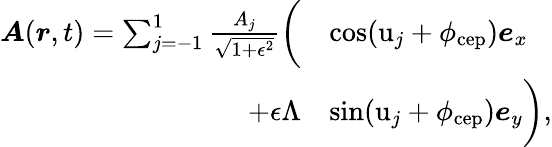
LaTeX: \begin{array}{rl}{\boldsymbol{A}(\boldsymbol{r},t)=\sum_{j=-1}^{1}\frac{A_{j}}{\sqrt{1+\epsilon^{2}}}\biggl(}&{\cos(\mathrm{u}_{j}+\phi_{\mathrm{cep}})\boldsymbol{e}_{x}}\\ {+\epsilon\Lambda}&{\sin(\mathrm{u}_{j}+\phi_{\mathrm{cep}})\boldsymbol{e}_{y}\biggr),}\end{array}